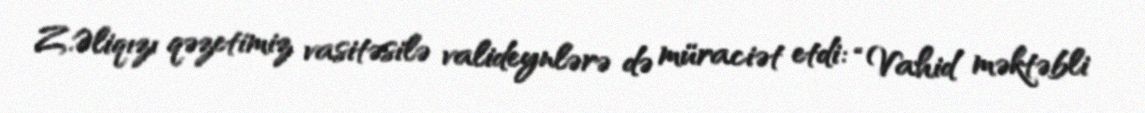
Z.Əliqızı qəzetimiz vasitəsilə valideynlərə də müraciət etdi: “Vahid məktəbli